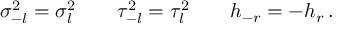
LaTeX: \sigma _ { - l } ^ { 2 } = \sigma _ { l } ^ { 2 } \qquad \tau _ { - l } ^ { 2 } = \tau _ { l } ^ { 2 } \qquad h _ { - r } = - h _ { r } \, .